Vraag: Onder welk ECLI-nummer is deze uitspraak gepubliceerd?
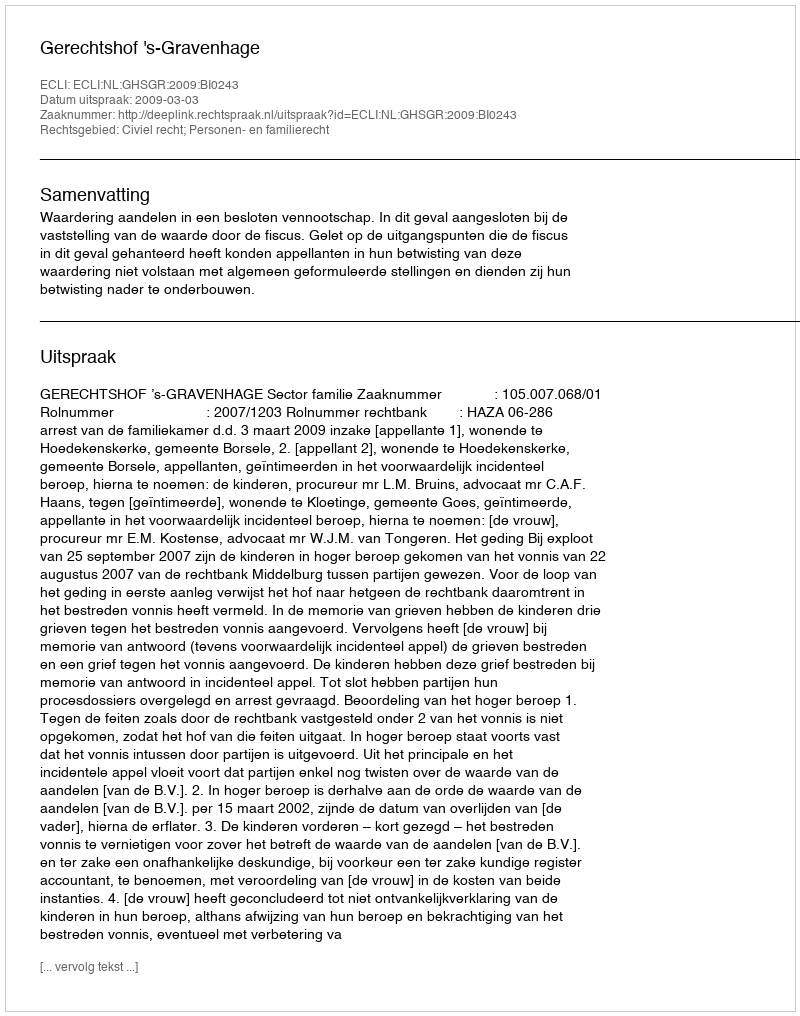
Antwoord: ECLI:NL:GHSGR:2009:BI0243